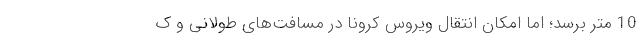
10 متر برسد؛ اما امکان انتقال ویروس کرونا در مسافت‌های طولانی و ک